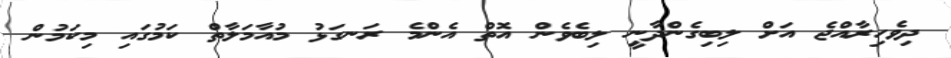
ދިވެހިރާއްޖެ އަށް ލިބިގެންދާނީ ލިބެވެން އޮތް އެންމެ ރަނގަޅު މުއާމަލާތް ކަމުގައި މިކަމުން